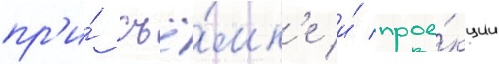
пр'и́ съё́мк'е и́ прое́кции